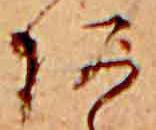
あ